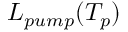
L _ { p u m p } ( T _ { p } )